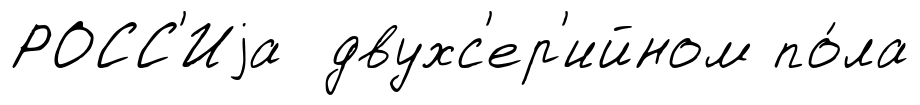
РОСС'Иjа двухс'ер'ийном по́ла